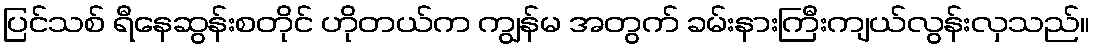
ပြင်သစ် ရီနေဆွန်းစတိုင် ဟိုတယ်က ကျွန်မ အတွက် ခမ်းနားကြီးကျယ်လွန်းလှသည်။